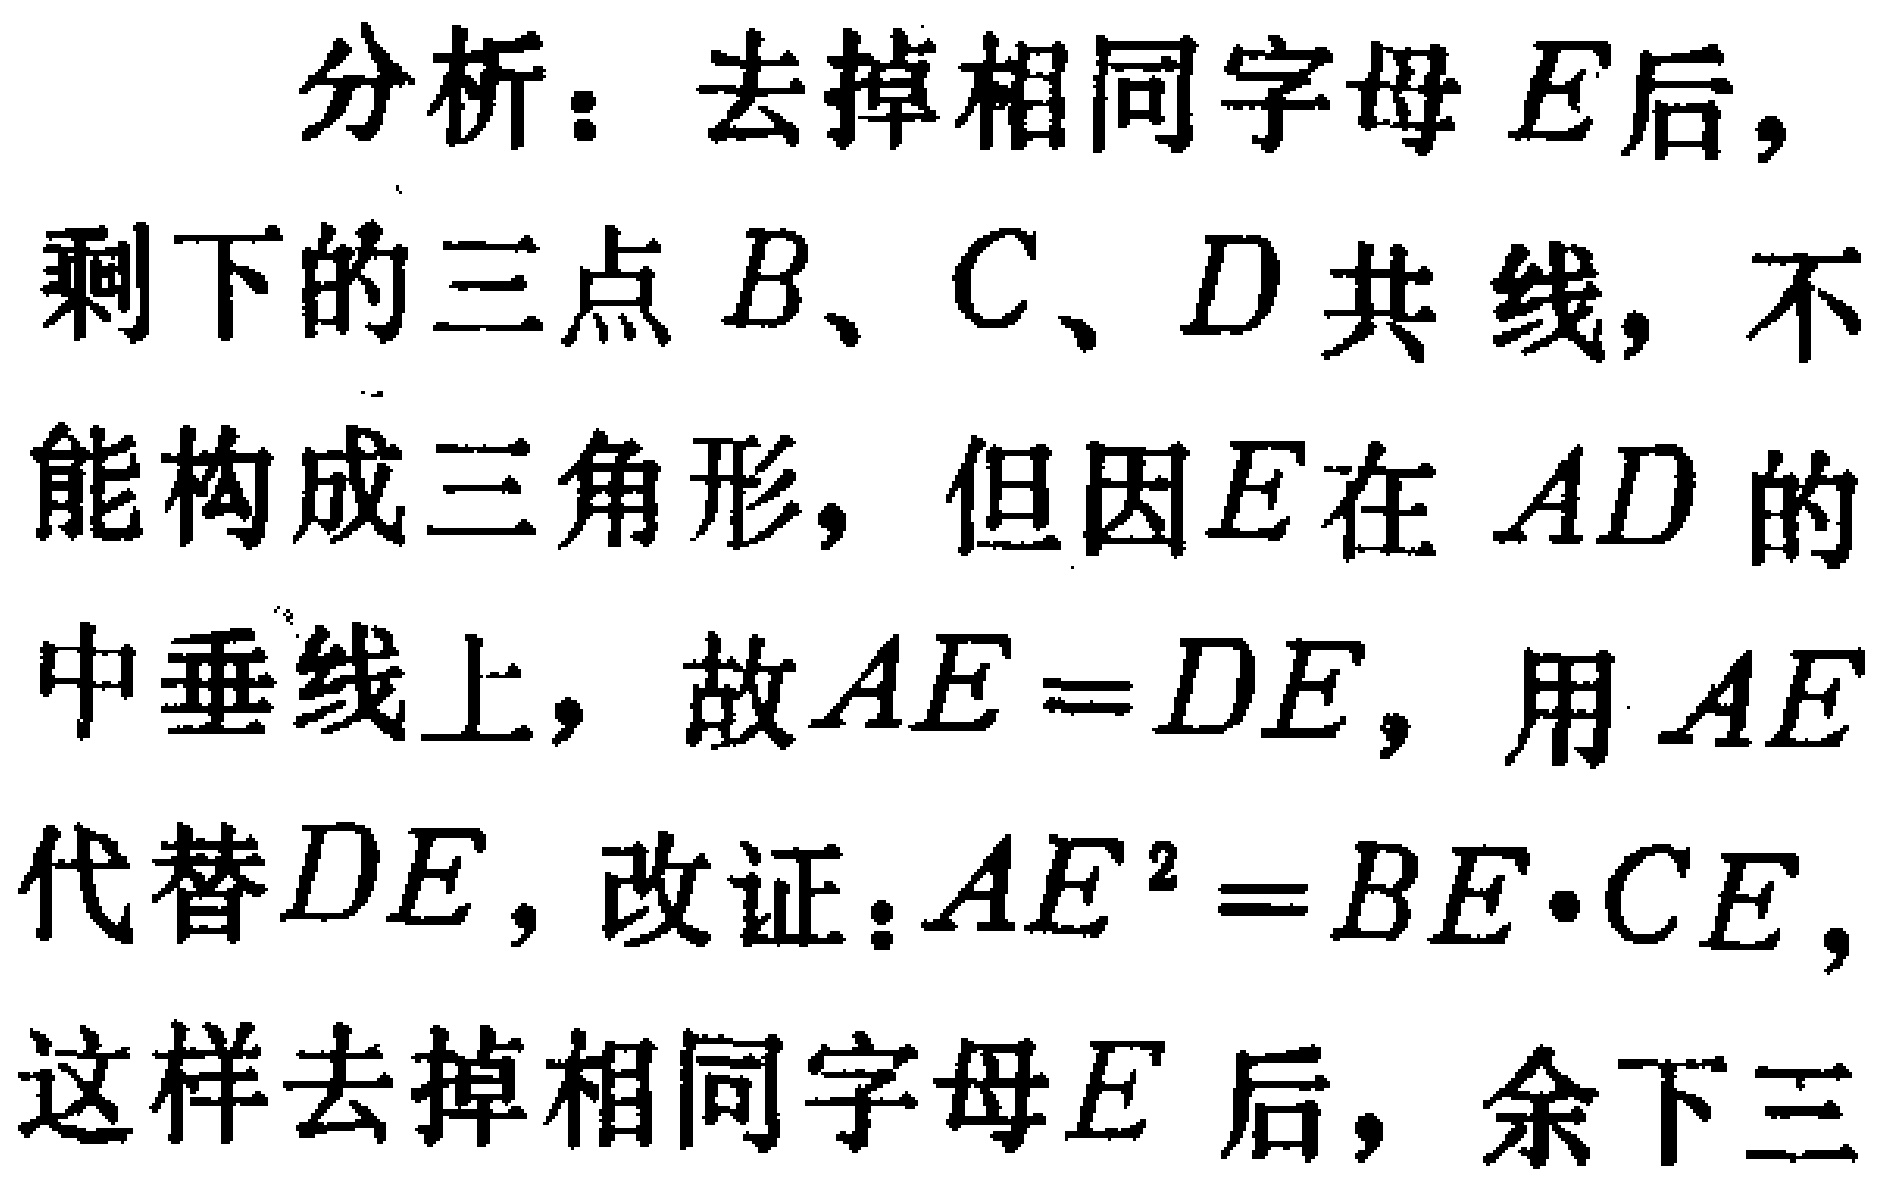
分析：去掉相同字母\(E\)后，

剩下的三点\(B、C、D\)共 线，不

能构成三角形，但因\(E\)在 \(AD\) 的

中垂线上，故\(AE = DE\)，用 \(AE\)

代替\(DE\)，改证：\(AE^{2}=BE\cdot CE\)，

这样去掉相同字母\(E\) 后，余下三